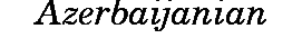
Azerbaijanian